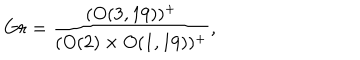
LaTeX: G r = \frac { ( O ( 3 , 1 9 ) ) ^ { + } } { ( O ( 2 ) \times O ( 1 , 1 9 ) ) ^ { + } } ,